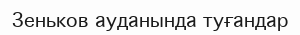
Зеньков ауданында туғандар